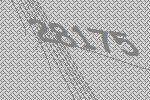
28175